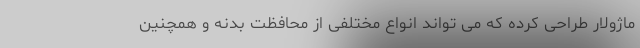
ماژولار طراحی کرده که می تواند انواع مختلفی از محافظت بدنه و همچنین